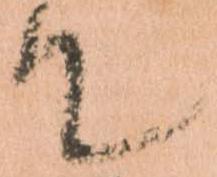
て